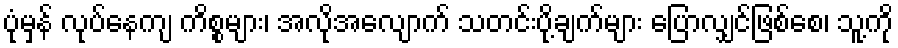
ပုံမှန် လုပ်နေကျ ကိစ္စများ၊ အလိုအလျောက် သတင်းပို့ချက်များ ပြောလျှင်ဖြစ်စေ၊ သူ့ကို